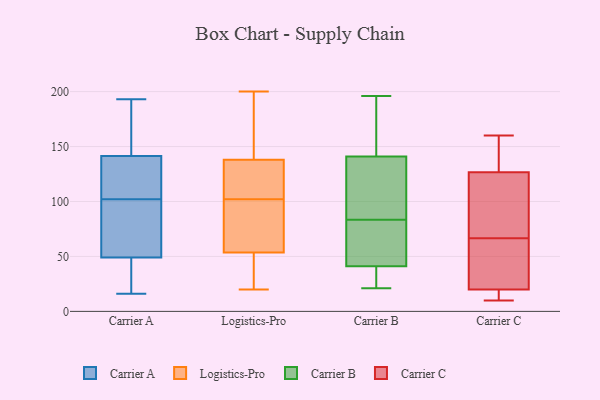
{"axis": {"x": "Energy Usage (MWh)", "y": "Value"}, "legend": ["Carrier A", "Carrier B", "Carrier C", "Logistics-Pro"], "data": [{"x": "", "y": 160, "type": "Carrier A"}, {"x": "", "y": 126, "type": "Carrier A"}, {"x": "", "y": 16, "type": "Carrier A"}, {"x": "", "y": 91, "type": "Carrier A"}, {"x": "", "y": 19, "type": "Carrier A"}, {"x": "", "y": 128, "type": "Carrier A"}, {"x": "", "y": 105, "type": "Carrier A"}, {"x": "", "y": 66, "type": "Carrier A"}, {"x": "", "y": 193, "type": "Carrier A"}, {"x": "", "y": 99, "type": "Carrier A"}, {"x": "", "y": 42, "type": "Carrier A"}, {"x": "", "y": 107, "type": "Carrier A"}, {"x": "", "y": 56, "type": "Carrier A"}, {"x": "", "y": 162, "type": "Carrier A"}, {"x": "", "y": 155, "type": "Carrier A"}, {"x": "", "y": 26, "type": "Carrier A"}, {"x": "", "y": 20, "type": "Logistics-Pro"}, {"x": "", "y": 138, "type": "Logistics-Pro"}, {"x": "", "y": 102, "type": "Logistics-Pro"}, {"x": "", "y": 138, "type": "Logistics-Pro"}, {"x": "", "y": 135, "type": "Logistics-Pro"}, {"x": "", "y": 75, "type": "Logistics-Pro"}, {"x": "", "y": 24, "type": "Logistics-Pro"}, {"x": "", "y": 200, "type": "Logistics-Pro"}, {"x": "", "y": 43, "type": "Logistics-Pro"}, {"x": "", "y": 156, "type": "Logistics-Pro"}, {"x": "", "y": 57, "type": "Logistics-Pro"}, {"x": "", "y": 94, "type": "Logistics-Pro"}, {"x": "", "y": 126, "type": "Logistics-Pro"}, {"x": "", "y": 41, "type": "Carrier B"}, {"x": "", "y": 196, "type": "Carrier B"}, {"x": "", "y": 141, "type": "Carrier B"}, {"x": "", "y": 47, "type": "Carrier B"}, {"x": "", "y": 141, "type": "Carrier B"}, {"x": "", "y": 94, "type": "Carrier B"}, {"x": "", "y": 26, "type": "Carrier B"}, {"x": "", "y": 43, "type": "Carrier B"}, {"x": "", "y": 170, "type": "Carrier B"}, {"x": "", "y": 40, "type": "Carrier B"}, {"x": "", "y": 21, "type": "Carrier B"}, {"x": "", "y": 46, "type": "Carrier B"}, {"x": "", "y": 73, "type": "Carrier B"}, {"x": "", "y": 102, "type": "Carrier B"}, {"x": "", "y": 28, "type": "Carrier B"}, {"x": "", "y": 142, "type": "Carrier B"}, {"x": "", "y": 190, "type": "Carrier B"}, {"x": "", "y": 123, "type": "Carrier B"}, {"x": "", "y": 76, "type": "Carrier C"}, {"x": "", "y": 15, "type": "Carrier C"}, {"x": "", "y": 10, "type": "Carrier C"}, {"x": "", "y": 67, "type": "Carrier C"}, {"x": "", "y": 154, "type": "Carrier C"}, {"x": "", "y": 104, "type": "Carrier C"}, {"x": "", "y": 31, "type": "Carrier C"}, {"x": "", "y": 25, "type": "Carrier C"}, {"x": "", "y": 14, "type": "Carrier C"}, {"x": "", "y": 160, "type": "Carrier C"}, {"x": "", "y": 66, "type": "Carrier C"}, {"x": "", "y": 149, "type": "Carrier C"}]}